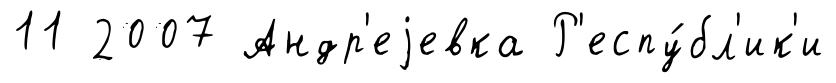
11 2007 Андр'еjевка Р'еспу́бл'ик'и